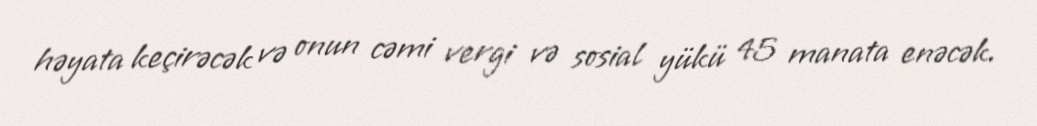
həyata keçirəcək və onun cəmi vergi və sosial yükü 45 manata enəcək.